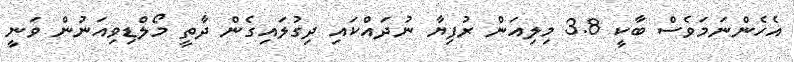
އެހެންނަމަވެސް ބާކީ 3.8 މިލިއަން ރުފިޔާ ނުދައްކައި ދިގުލައިގެން ދާތީ މޯލްޑިވިއަނުން ވަނީ